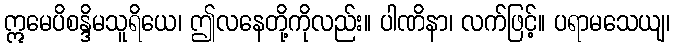
ဣမေပိစန္ဒိမသူရိယေ၊ ဤလနေတို့ကိုလည်း။ ပါဏိနာ၊ လက်ဖြင့်။ ပရာမသေယျ၊